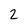
Character: 2